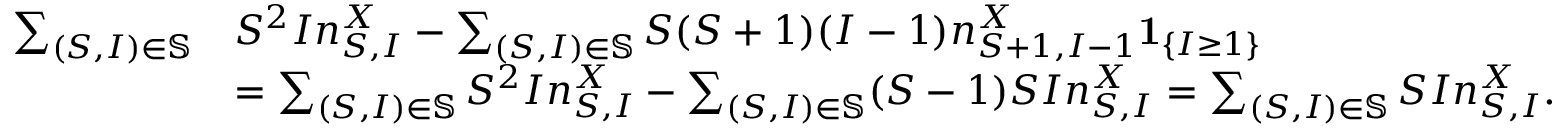
\begin{array} { r l } { \sum _ { ( S , I ) \in \mathbb { S } } } & { S ^ { 2 } I n _ { S , I } ^ { X } - \sum _ { ( S , I ) \in \mathbb { S } } S ( S + 1 ) ( I - 1 ) n _ { S + 1 , I - 1 } ^ { X } \mathbf { 1 } _ { \left\{ I \geq 1 \right\} } } \\ & { = \sum _ { ( S , I ) \in \mathbb { S } } S ^ { 2 } I n _ { S , I } ^ { X } - \sum _ { ( S , I ) \in \mathbb { S } } ( S - 1 ) S I n _ { S , I } ^ { X } = \sum _ { ( S , I ) \in \mathbb { S } } S I n _ { S , I } ^ { X } . } \end{array}